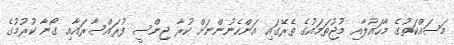
މަސައްކަތުގެ މާހައުލާއި މުޖުތަމައުގެ ތެރޭގައި އަންހެނުންނަށް ކުރާ ޖިންސީ ފުރައްސާރައާއި ގޯނާ ކުރުމުގެ